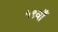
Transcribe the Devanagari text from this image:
५९वाँ